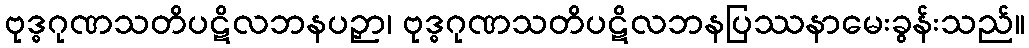
ဗုဒ္ဓဂုဏသတိပဋိလဘနပဉှာ၊ ဗုဒ္ဓဂုဏသတိပဋိလဘနပြဿနာမေးခွန်းသည်။